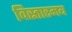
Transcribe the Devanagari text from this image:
विस्तारमय